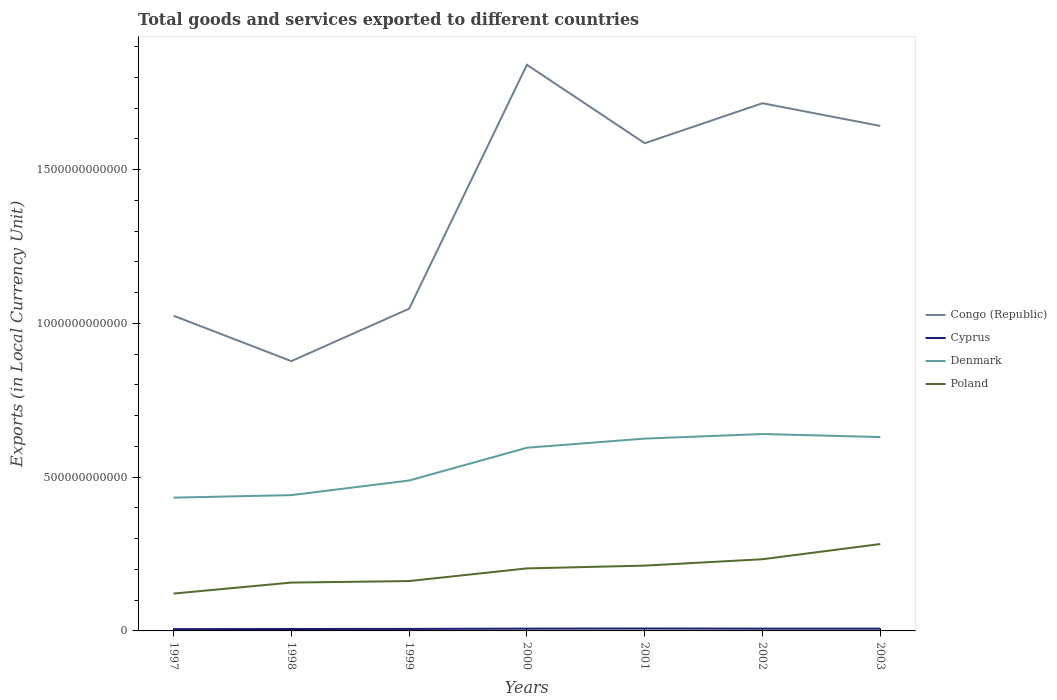
| Years | Congo (Republic) | Cyprus | Denmark | Poland |
 | --- | --- | --- | --- | --- |
 | 1997 | 1.02e+12 | 5.79e+09 | 4.33e+11 | 1.21e+11 |
 | 1998 | 8.77e+11 | 6.22e+09 | 4.42e+11 | 1.57e+11 |
 | 1999 | 1.05e+12 | 6.51e+09 | 4.89e+11 | 1.62e+11 |
 | 2000 | 1.84e+12 | 7.41e+09 | 5.96e+11 | 2.03e+11 |
 | 2001 | 1.59e+12 | 7.79e+09 | 6.25e+11 | 2.12e+11 |
 | 2002 | 1.72e+12 | 7.41e+09 | 6.4e+11 | 2.33e+11 |
 | 2003 | 1.64e+12 | 7.42e+09 | 6.3e+11 | 2.82e+11 |